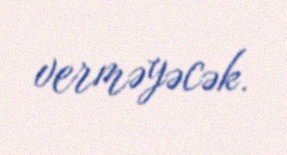
verməyəcək.